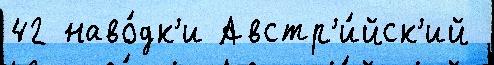
42 наво́дк'и Австр'и́йск'ий